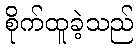
စိုက်ထူခဲ့သည်